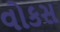
વોકસ